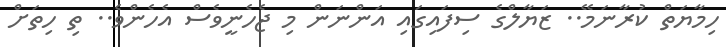
ހިމާޔަތް ކުރާނަމޭ.. ޒަޔާލްގެ ސިފައިގައި އަންނަން މި ޖެހެނީވެސް އެހެންވެ.. ތި ހިތަށް